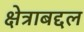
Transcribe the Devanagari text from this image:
क्षेत्राबद्दल